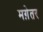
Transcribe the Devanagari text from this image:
मग़ेतर